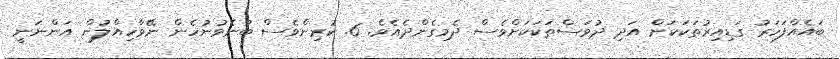
ބައެއްފަހަރު ގަޑިއިރުތަކަކަށް އަދި ދުވަސްތަކަކަށްވެސް ދެމިގެންދެއެވެ. 6. ކުރިންވެސް ބުނެވުނުހެން ނޭވާހިއްލުން އަންނަނީ